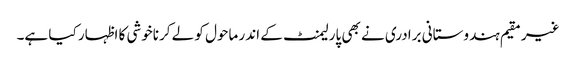
غیر مقیم ہندوستانی برادری نے بھی پارلیمنٹ کے اندر ماحول کو لے کرناخوشی کا اظہار کیا ہے۔